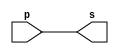
// ------------------------- 
// Exemplo0001 - buffer 
// Nome:Douglas Cruz de Matos 
// ------------------------- 
// ------------------------- 
// -- buffer 
// ------------------------- 
	module buffer (output s, input p); 
		assign s = p; // criar vinculo permanente 
		// (dependencia) 
	endmodule // buffer 
// ------------------------- 
// -- test buffer 
// ------------------------- 
	module testbuffer; 
// ------------------------- dados locais 
		reg a; // definir registrador 
		// (variavel independente) 
		wire s; // definir conexao (fio) 
		// (variavel dependente ) 
// ------------------------- instancia 
		buffer BF1 (s, a); 
// ------------------------- preparacao 
		initial begin:start 
			a=0; 
		end 
// ------------------------- parte principal 
		initial begin:main 
		// execucao unitaria 
			$display("Exemplo 0001 - Douglas Cruz de Matos - 433134"); 
			$display("Testando o buffer:"); 
			$display("\t\t time\ta = s"); 
			// execucao permanente 
			$monitor("%d\t%b = %b", $time, a, s); 
			// apos uma unidade de tempo 
			// mudar valor do registrador para 0 
			#1 a=1; 
			// apos duas unidades de tempo 
			// mudar valor do registrador para 1 
			#2 a=0; 
		end 
	endmodule // testbuffer